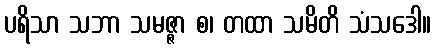
ပရိသာ သဘာ သမဇ္ဇာ စ၊ တထာ သမိတိ သံသဒေါ။